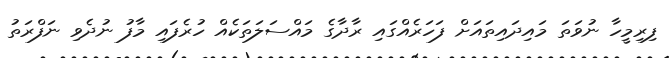
ފިރިމީހާ ނުވަތަ މައިދައިތައަށް ފަހަރެއްގައި ރާދާގެ މައްސަލަތަކެއް ހުރެފައި މާފު ނުދެވި ނަފްރަތު